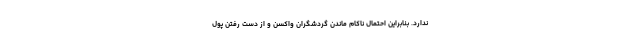
ندارد. بنابراین احتمال ناکام ماندن گردشگران واکسن و از دست رفتن پول